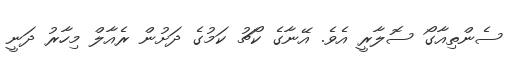
ސެންތިއާގޯ ސޮލާރީ އެވެ. އޭނާގެ ކޯޗު ކަމުގެ ދަށުން ރެއާލް މިހާރު ދަނީ